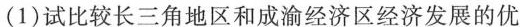
(1)试比较长三角地区和成渝经济区经济发展的优